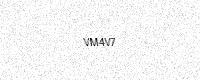
Text: VM4V7